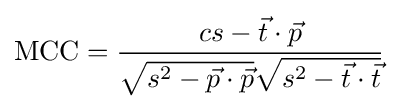
{\text{MCC}}={\frac {cs-{\vec {t}}\cdot {\vec {p}}}{{\sqrt {s^{2}-{\vec {p}}\cdot {\vec {p}}}}{\sqrt {s^{2}-{\vec {t}}\cdot {\vec {t}}}}}}